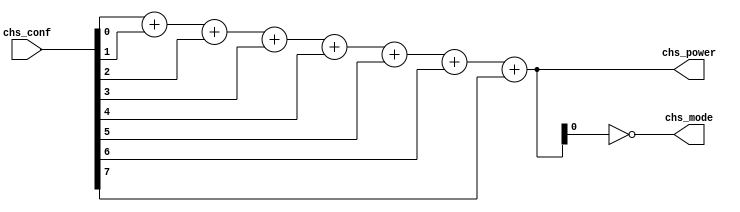
`timescale 1 ns/1 ns
/*--  *******************************************************
--  Computer Architecture Course, Laboratory Sources 
--  Amirkabir University of Technology (Tehran Polytechnic)
--  Department of Computer Engineering (CE-AUT)
--  https://ce[dot]aut[dot]ac[dot]ir
--  *******************************************************
--  All Rights reserved (C) 2019-2020
--  *******************************************************
--  Student ID  : 
--  Student Name: 
--  Student Mail: 
--  *******************************************************
--  Additional Comments:
--
--*/

/*-----------------------------------------------------------
---  Module Name: Power Mode (Conting Ones)
---  Description: Module3: 
-----------------------------------------------------------*/
module ModePower (
	input  [7:0] chs_conf  , // degree [temprature] 
	output [3:0] chs_power , // power  [cooler/heater] 
	output       chs_mode    // model  [heat=1/cool=0]
);
	// Simply just add them up
	wire [3:0] cnt;
	assign cnt = chs_conf[0] + chs_conf[1] + chs_conf[2] + chs_conf[3] + chs_conf[4] + chs_conf[5] + chs_conf[6] + chs_conf[7];
	
	assign chs_mode = ~ cnt[0];
	assign chs_power = cnt;

endmodule